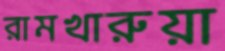
রামখারুয়া